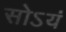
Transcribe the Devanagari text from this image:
सोऽयं